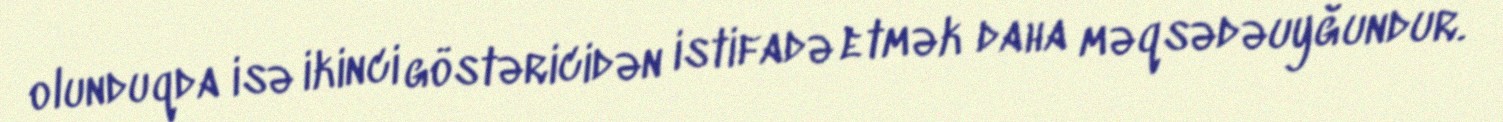
olunduqda isə ikinci göstəricidən istifadə etmək daha məqsədəuyğundur.